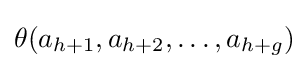
\theta (a_{h+1},a_{h+2},\ldots ,a_{h+g})